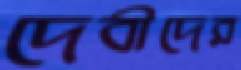
দেবীদের